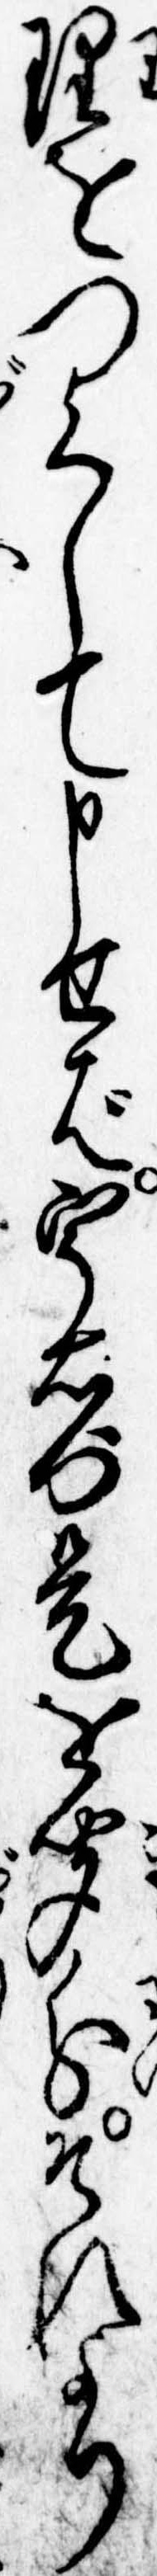
理をつくして申せば宇右門是を聞分それより